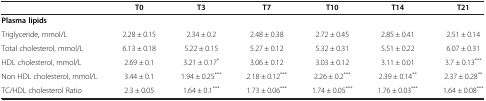
<table><thead><tr><td><b> </b></td><td><b>T0</b></td><td><b>T3</b></td><td><b>T7</b></td><td><b>T10</b></td><td><b>T14</b></td><td><b>T21</b></td></tr></thead><tbody><tr><td><b>Plasma lipids</b></td><td> </td><td> </td><td> </td><td> </td><td> </td><td> </td></tr><tr><td>Triglyceride, mmol/L</td><td>2.28 ± 0.15</td><td>2.34 ± 0.2</td><td>2.48 ± 0.38</td><td>2.72 ± 0.45</td><td>2.85 ± 0.41</td><td>2.51 ± 0.14</td></tr><tr><td>Total cholesterol, mmol/L</td><td>6.13 ± 0.18</td><td>5.22 ± 0.15</td><td>5.27 ± 0.12</td><td>5.32 ± 0.31</td><td>5.51 ± 0.22</td><td>6.07 ± 0.31</td></tr><tr><td>HDL cholesterol, mmol/L</td><td>2.69 ± 0.1</td><td>3.21 ± 0.17<sup>*</sup></td><td>3.06 ± 0.12</td><td>3.03 ± 0.12</td><td>3.11 ± 0.01</td><td>3.7 ± 0.13<sup>***</sup></td></tr><tr><td>Non HDL cholesterol, mmol/L</td><td>3.44 ± 0.1</td><td>1.94 ± 0.25<sup>***</sup></td><td>2.18 ± 0.12<sup>***</sup></td><td>2.26 ± 0.2<sup>***</sup></td><td>2.39 ± 0.14<sup>**</sup></td><td>2.37 ± 0.28<sup>**</sup></td></tr><tr><td>TC/HDL cholesterol Ratio</td><td>2.3 ± 0.05</td><td>1.64 ± 0.1<sup>***</sup></td><td>1.73 ± 0.06<sup>***</sup></td><td>1.74 ± 0.05<sup>***</sup></td><td>1.76 ± 0.03<sup>***</sup></td><td>1.64 ± 0.08<sup>***</sup></td></tr></tbody></table>